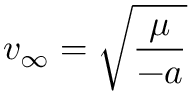
v _ { \infty } = { \sqrt { \frac { \mu } { - a } } } \,